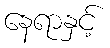
နေရာနှင့်